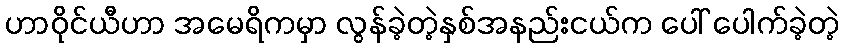
ဟာဝိုင်ယီဟာ အမေရိကမှာ လွန်ခဲ့တဲ့နှစ်အနည်းငယ်က ပေါ် ပေါက်ခဲ့တဲ့